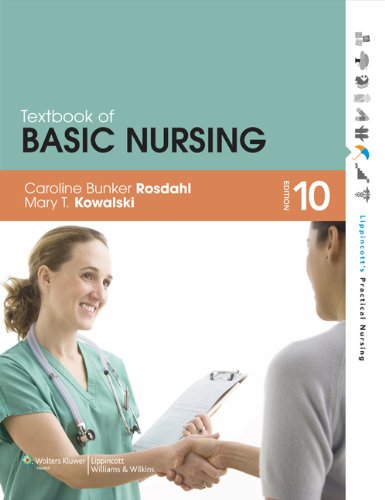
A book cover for Textbook of Basic Nursing (Lippincott's Practical Nursing); Caroline Bunker Rosdahl RN  BSN  MA; Medical Books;